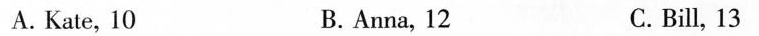
A.Kate, 10 B. Anna,12 C.Bill, 13